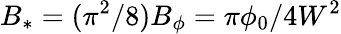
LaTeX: B_{*}=(\pi^{2}/8)B_{\phi}=\pi\phi_{0}/4W^{2}